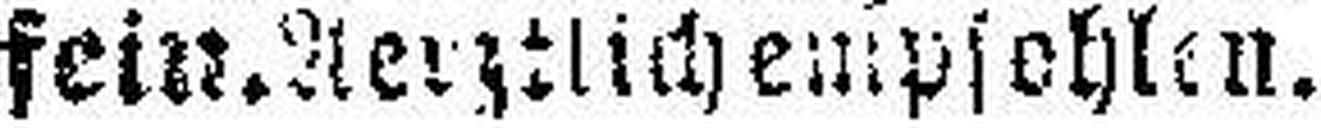
fein. Aerztlich empfohlen.